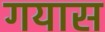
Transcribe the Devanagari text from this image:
गयास